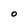
Character: O